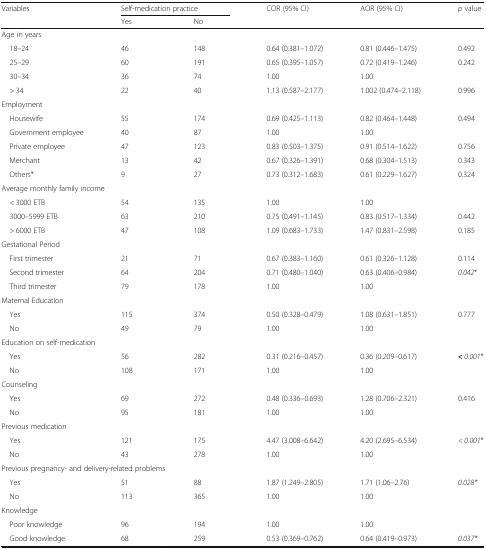
<table><thead><tr><td rowspan="2"><b>Variables</b></td><td colspan="2"><b>Self-medication practice</b></td><td rowspan="2"><b>COR (95% CI)</b></td><td rowspan="2"><b>AOR (95% CI)</b></td><td rowspan="2"><b><i>p</i> value</b></td></tr><tr><td><b>Yes</b></td><td><b>No</b></td></tr></thead><tbody><tr><td colspan="6">Age in years</td></tr><tr><td> 18–24</td><td>46</td><td>148</td><td>0.64 (0.381–1.072)</td><td>0.81 (0.446–1.475)</td><td>0.492</td></tr><tr><td> 25–29</td><td>60</td><td>191</td><td>0.65 (0.395–1.057)</td><td>0.72 (0.419–1.246)</td><td>0.242</td></tr><tr><td> 30–34</td><td>36</td><td>74</td><td>1.00</td><td>1.00</td><td></td></tr><tr><td> &gt; 34</td><td>22</td><td>40</td><td>1.13 (0.587–2.177)</td><td>1.002 (0.474–2.118)</td><td>0.996</td></tr><tr><td colspan="6">Employment</td></tr><tr><td> Housewife</td><td>55</td><td>174</td><td>0.69 (0.425–1.113)</td><td>0.82 (0.464–1.448)</td><td>0.494</td></tr><tr><td> Government employee</td><td>40</td><td>87</td><td>1.00</td><td>1.00</td><td></td></tr><tr><td> Private employee</td><td>47</td><td>123</td><td>0.83 (0.503–1.375)</td><td>0.91 (0.514–1.622)</td><td>0.756</td></tr><tr><td> Merchant</td><td>13</td><td>42</td><td>0.67 (0.326–1.391)</td><td>0.68 (0.304–1.513)</td><td>0.343</td></tr><tr><td> Others*</td><td>9</td><td>27</td><td>0.73 (0.312–1.683)</td><td>0.61 (0.229–1.627)</td><td>0.324</td></tr><tr><td colspan="6">Average monthly family income</td></tr><tr><td> &lt; 3000 ETB</td><td>54</td><td>135</td><td>1.00</td><td>1.00</td><td></td></tr><tr><td> 3000–5999 ETB</td><td>63</td><td>210</td><td>0.75 (0.491–1.145)</td><td>0.83 (0.517–1.334)</td><td>0.442</td></tr><tr><td> &gt; 6000 ETB</td><td>47</td><td>108</td><td>1.09 (0.683–1.733)</td><td>1.47 (0.831–2.598)</td><td>0.185</td></tr><tr><td colspan="6">Gestational Period</td></tr><tr><td> First trimester</td><td>21</td><td>71</td><td>0.67 (0.383–1.160)</td><td>0.61 (0.326–1.128)</td><td>0.114</td></tr><tr><td> Second trimester</td><td>64</td><td>204</td><td>0.71 (0.480–1.040)</td><td>0.63 (0.406–0.984)</td><td><i>0.042</i>*</td></tr><tr><td> Third trimester</td><td>79</td><td>178</td><td>1.00</td><td>1.00</td><td></td></tr><tr><td colspan="6">Maternal Education</td></tr><tr><td> Yes</td><td>115</td><td>374</td><td>0.50 (0.328–0.479)</td><td>1.08 (0.631–1.851)</td><td>0.777</td></tr><tr><td> No</td><td>49</td><td>79</td><td>1.00</td><td>1.00</td><td></td></tr><tr><td colspan="6">Education on self-medication</td></tr><tr><td> Yes</td><td>56</td><td>282</td><td>0.31 (0.216–0.457)</td><td>0.36 (0.209–0.617)</td><td><b><i>&lt;</i></b> <i>0.001</i>*</td></tr><tr><td> No</td><td>108</td><td>171</td><td>1.00</td><td>1.00</td><td></td></tr><tr><td colspan="6">Counseling</td></tr><tr><td> Yes</td><td>69</td><td>272</td><td>0.48 (0.336–0.693)</td><td>1.28 (0.706–2.321)</td><td>0.416</td></tr><tr><td> No</td><td>95</td><td>181</td><td>1.00</td><td>1.00</td><td></td></tr><tr><td colspan="6">Previous medication</td></tr><tr><td> Yes</td><td>121</td><td>175</td><td>4.47 (3.008–6.642)</td><td>4.20 (2.695–6.534)</td><td><i>&lt; 0.001</i>*</td></tr><tr><td> No</td><td>43</td><td>278</td><td>1.00</td><td>1.00</td><td></td></tr><tr><td colspan="6">Previous pregnancy- and delivery-related problems</td></tr><tr><td> Yes</td><td>51</td><td>88</td><td>1.87 (1.249–2.805)</td><td>1.71 (1.06–2.76)</td><td><i>0.028*</i></td></tr><tr><td> No</td><td>113</td><td>365</td><td>1.00</td><td>1.00</td><td></td></tr><tr><td colspan="6">Knowledge</td></tr><tr><td> Poor knowledge</td><td>96</td><td>194</td><td>1.00</td><td>1.00</td><td></td></tr><tr><td> Good knowledge</td><td>68</td><td>259</td><td>0.53 (0.369–0.762)</td><td>0.64 (0.419–0.973)</td><td><i>0.037*</i></td></tr></tbody></table>